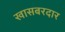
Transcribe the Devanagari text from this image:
खासबरदार